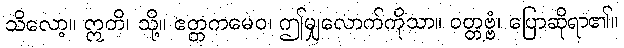
သိလော့။ ဣတိ၊ သို့။ ဧတ္တကမေဝ၊ ဤမျှလောက်ကိုသာ။ ဝတ္တဗ္ဗံ၊ ပြောဆိုရာ၏။